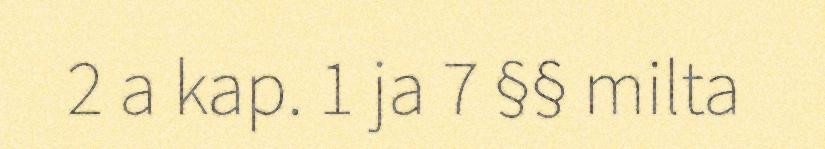
2 a kap. 1 ja 7 §§ milta